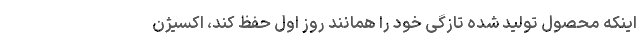
اینکه محصول تولید شده تازگی خود را همانند روز اول حفظ کند، اکسیژن